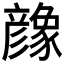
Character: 𢒶